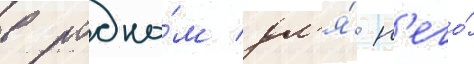
в родно́м дл'я́ н'его́